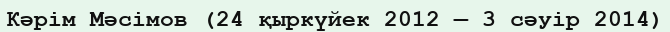
Кәрім Мәсімов (24 қыркүйек 2012 — 3 сәуір 2014)